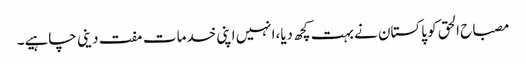
مصباح الحق کو پاکستان نے بہت کچھ دیا،انہیں اپنی خدمات مفت دینی چاہیے۔